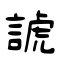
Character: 諕